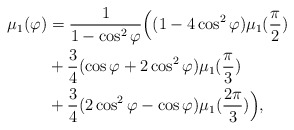
\begin{align*} \mu_{1}(\varphi)&=\frac{1}{1-\cos^{2}\varphi}\Big((1-4\cos^{2}\varphi)\mu_{1}(\frac{\pi}{2})\\&+\frac{3}{4}(\cos\varphi+2\cos^{2}\varphi)\mu_{1}(\frac{\pi}{3})\\&+\frac{3}{4}(2\cos^{2}\varphi-\cos\varphi)\mu_{1}(\frac{2\pi}{3})\Big), \end{align*}